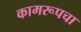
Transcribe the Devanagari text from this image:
कामरूपचा